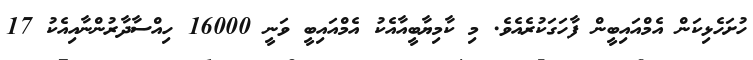
ހުށަހެޅިކަން އެމްއައިބީން ފާހަގަކުރެއެވެ. މި ކާމިޔާބީއާއެކު އެމްއައިބީ ވަނީ 16000 ހިއްސާދާރުންނާއިއެކު 17